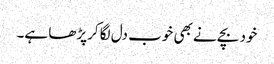
خود بچے نے بھی خوب دل لگا کرپڑھا ہے۔